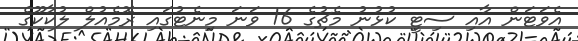
އެވަޓަން އާއި ސިޓީ ކުޅުނު މެޗުގެ 16 ވަނަ މިނެޓުގައި ރޮމެއުލް ލުކާކޫގެ